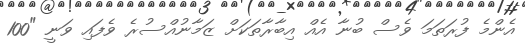
އެންމެ ފުރަތަމަ ވެސް ބުނާ އެއް އިބާރާތަކަށް ޒަމާނުއްސުރެ ވެފައި ވަނީ "100